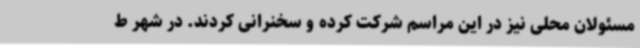
مسئولان محلی نیز در این مراسم شرکت کرده و سخنرانی کردند. در شهر ط